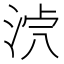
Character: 𣴸